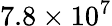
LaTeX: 7.8\times 10^{7}